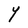
Character: Y